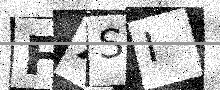
Text: FXSI